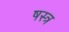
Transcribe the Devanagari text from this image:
षस्त्र